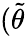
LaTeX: (\tilde{\theta}